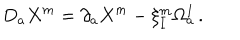
D _ { a } X ^ { m } = \partial _ { a } X ^ { m } - \xi _ { I } ^ { m } \Omega _ { a } ^ { I } \, .